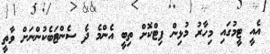
އެއީ ޓީމުގައި މިހާރު މުޅިން ފިޓްކޮށް ތިބީ އެންމެ ދެ ސެންޓަބެކުންނަށް ވާތީ